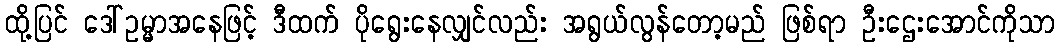
ထို့ပြင် ဒေါ်ဥမ္မာအနေဖြင့် ဒီထက် ပိုရွေးနေလျှင်လည်း အရွယ်လွန်တော့မည် ဖြစ်ရာ ဦးဌေးအောင်ကိုသာ